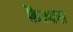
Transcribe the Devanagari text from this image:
कैआस